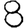
Digit: 8